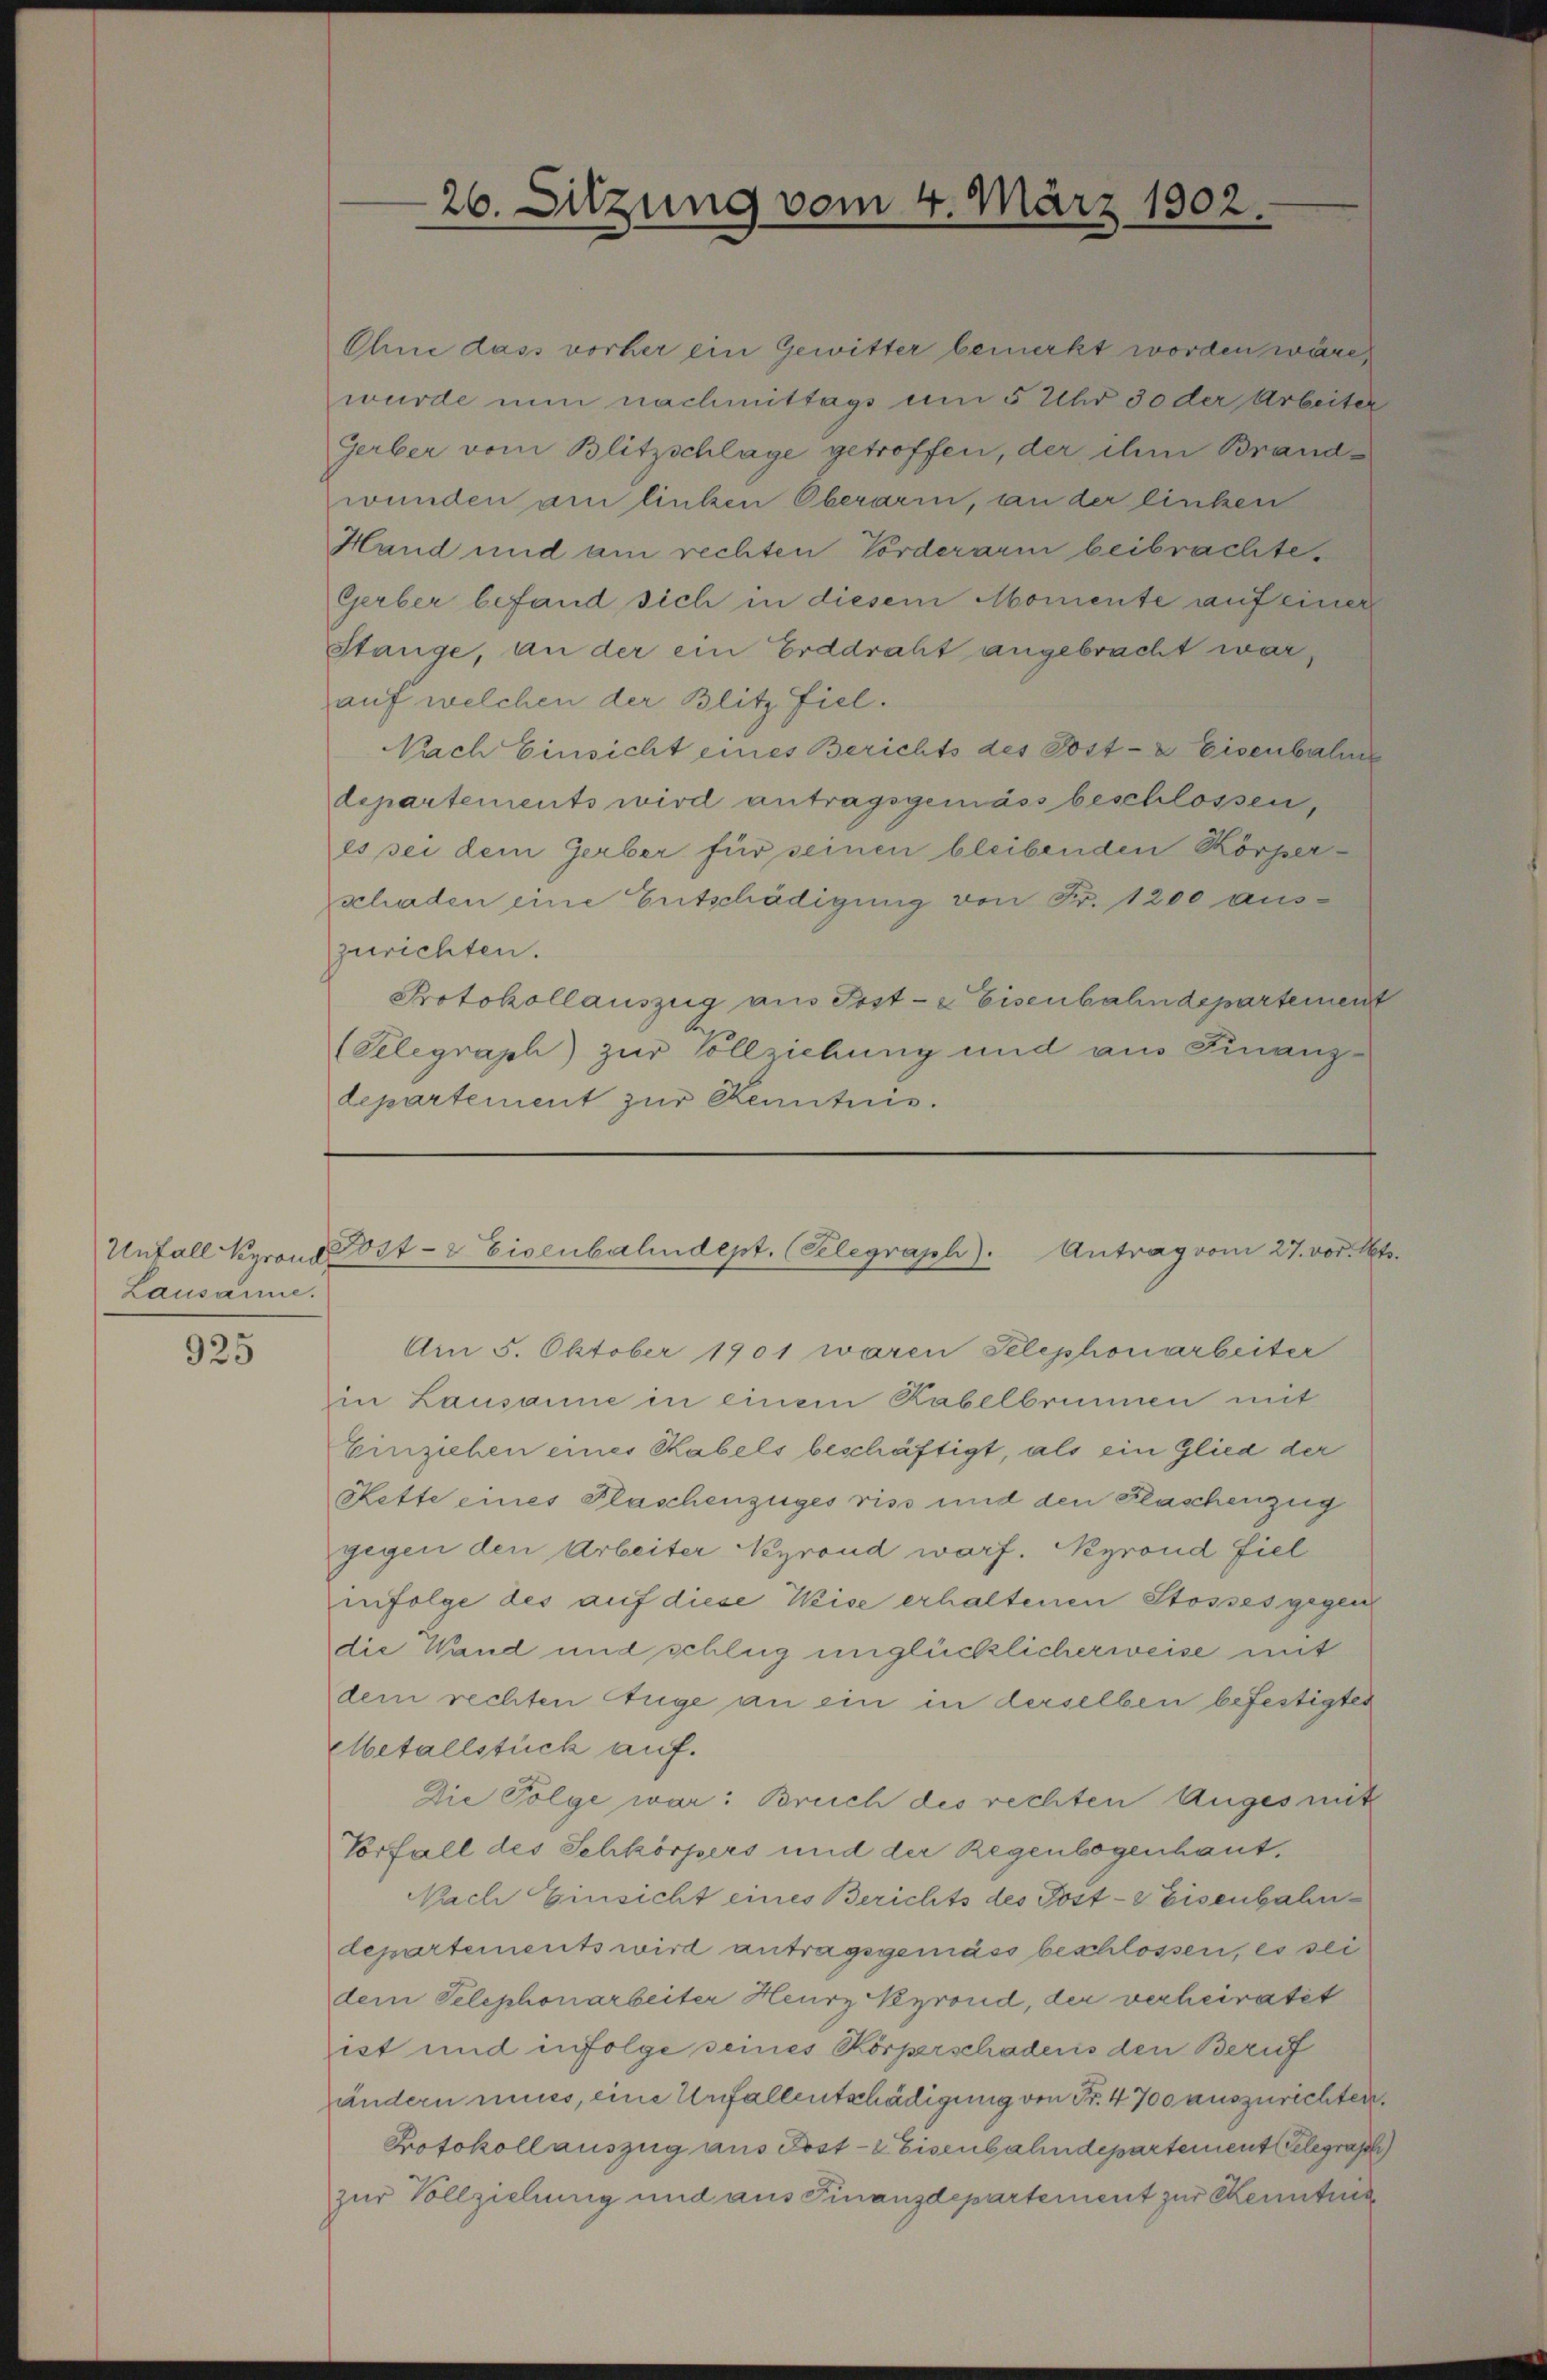
Lausanne.

925

Ohne dass vorher ein Gewitter bemerkt worden wäre,
wurde nun nachmittags um 5 Uhr 30 der Arbeiter
Gerber vom Blitzschlage getroffen, der ihm Brandwunden am linken Oberarm, an der linken
Hand und am rechten Vorderarm beibrachte,
Gerber befand sich in diesem Momente auf einer
Stange, an der ein Erddraht angebracht war,
auf welchen der Blitz fiel.
Nach Einsicht eines Berichts des Post- & Eisenbahne
departements wird antragsgemäss beschlossen,
es sei dem Gerber für seinen bleibenden Körperschaden eine Entschädigung von Fr. 1200 aus-
zurichten.
Protokollauszug aus Post- & Eisenbahndepartement
(Telegraph zur Vollziehung und aus Finanz-
departement zur Kenntnis.

26. Sitzung vom 4. März 1902.

Untall Kyrand Post- & Eisenbahndept. (Telegraph). Antrag vom 27. vor. Mts.

Am 5. Oktober 1901 waren Telephonarbeiter
in Lausanne in einem Rabelbrunnen mit
Einziehen eines Rabels beschäftigt, als ein Glied der
Kette eines Flaschenzuges riss und den Flaschenzug
gegen den Arbeiter Neyrand warf. Negrond fiel
infolge des auf diese Weise erhaltenen Stosses gegen
die Wand und schlug unglücklicherweise mit
dem rechten Auge an ein in derselben befestigtes
Metallstück auf.
Die Folge war: Breich des rechten Auges mit
Vorfall des Schkörpers und der Regenbogenhaut,
Nach Einsicht eines Berichts des Post- & Eisenbahndepartements wird antragsgemäss beschlossen, es sei
dem Telephonarbeiter Heurz Nyrond, der verheiratet
ist und infolge seines Körperschadens den Beruf
ändern muss, eine Unfallentschädigung von Fr. 4700 auszurichten.
Protokoll auszug aus Post- & Eisenbahndepartement Gelegraph
zur Vollziehung und aus Finanzdepartement zur Kenntnis